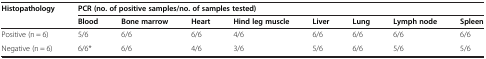
<table><thead><tr><td rowspan="2"><b>Histopathology</b></td><td colspan="8"><b>PCR (no. of positive samples/no. of samples tested)</b></td></tr><tr><td><b>Blood</b></td><td><b>Bone marrow</b></td><td><b>Heart</b></td><td><b>Hind leg muscle</b></td><td><b>Liver</b></td><td><b>Lung</b></td><td><b>Lymph node</b></td><td><b>Spleen</b></td></tr></thead><tbody><tr><td>Positive (n = 6)</td><td>5/6</td><td>6/6</td><td>6/6</td><td>4/6</td><td>6/6</td><td>6/6</td><td>6/6</td><td>6/6</td></tr><tr><td>Negative (n = 6)</td><td>6/6*</td><td>6/6</td><td>4/6</td><td>3/6</td><td>5/6</td><td>6/6</td><td>5/6</td><td>5/6</td></tr></tbody></table>